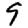
Digit: 9